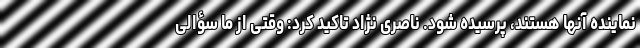
نماینده آنها هستند، پرسیده شود. ناصری نژاد تاکید کرد: وقتی از ما سؤالی